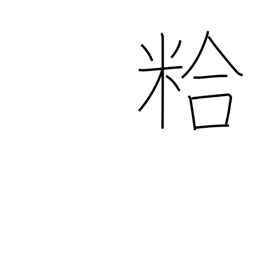
Meaning: chaff